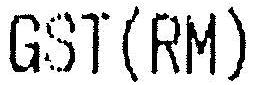
GST(RM)